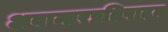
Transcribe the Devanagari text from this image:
अवान्तरप्रतिपादन